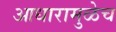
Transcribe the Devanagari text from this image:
आधारामुळेच